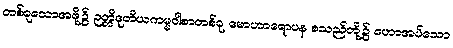
တစ်ခုသောအဖို့၌ ဉတ္တိဒုတိယကမ္မဝါစာတစ်ခု၊ မောဟာရောပန စသည်တို့၌ ဟောအပ်သော